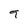
Character: 9